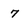
Character: 7